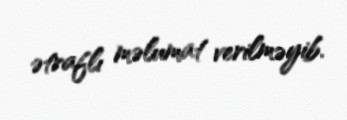
ətraflı məlumat verilməyib.